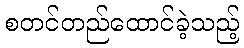
စတင်တည်ထောင်ခဲ့သည့်